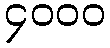
၄၀၀၀